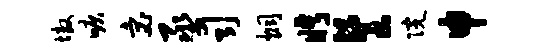
墩唳宓丞司炯眄餐院申